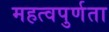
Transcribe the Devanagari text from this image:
महत्वपुर्णता